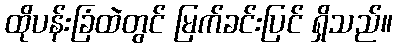
ထိုပန်းခြံထဲတွင် မြက်ခင်းပြင် ရှိသည်။